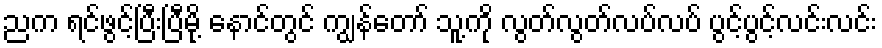
ညက ရင်ဖွင့်ပြီးပြီမို့ နောင်တွင် ကျွန်တော် သူ့ကို လွတ်လွတ်လပ်လပ် ပွင့်ပွင့်လင်းလင်း